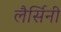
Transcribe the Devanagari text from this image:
लैर्सिनी